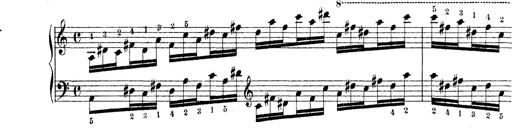
Title: Technische Studien
Composer: Franz Liszt